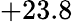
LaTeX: +23.8